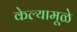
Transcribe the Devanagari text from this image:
केल्यामूळे